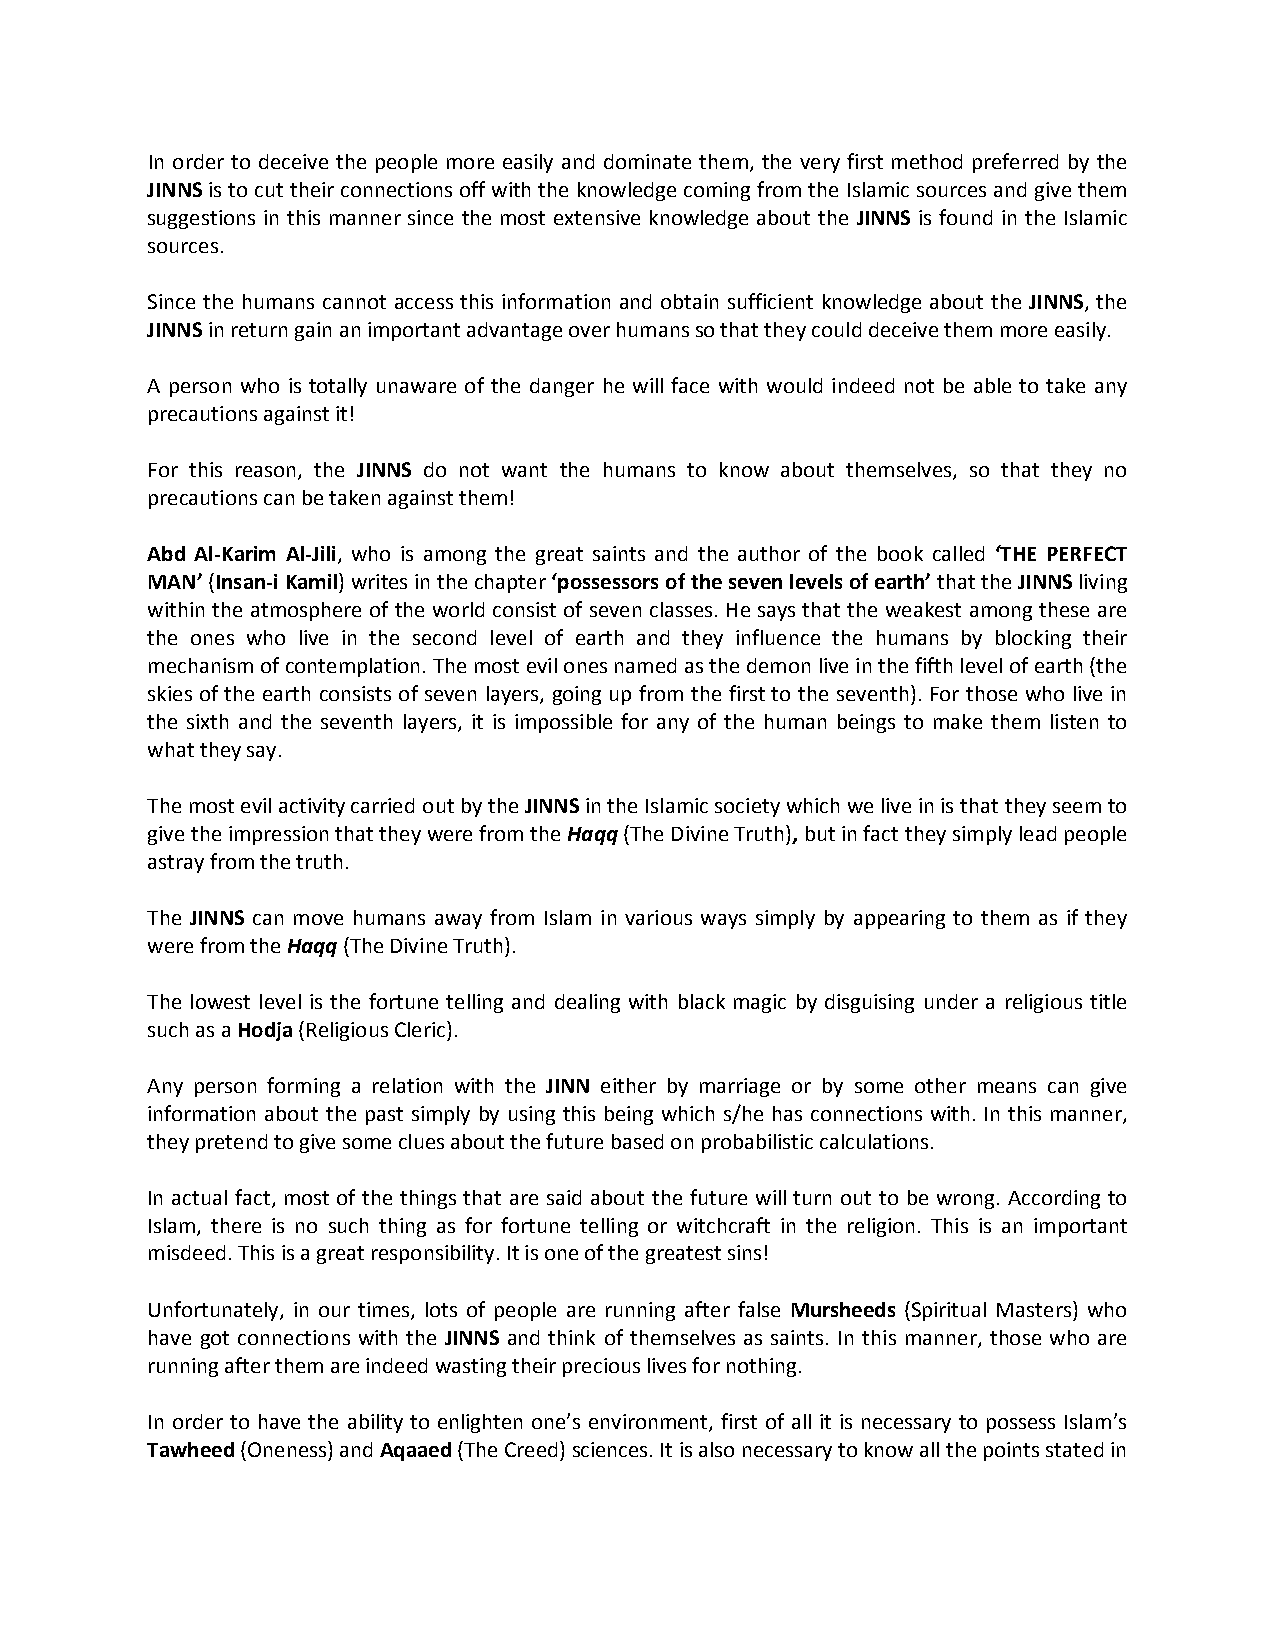
In order to deceive the people more easily and dominate them, the very first method preferred by the
 JINNS is to cut their connections off with the knowledge coming from the Islamic sources and give them
 suggestions in this manner since the most extensive knowledge about the JINNS is found in the Islamic
 sources.
 Since the humans cannot access this information and obtain sufficient knowledge about the JINNS, the
 JINNS in return gain an important advantage over humans so that they could deceive them more easily.
 A person who is totally unaware of the danger he will face with would indeed not be able to take any
 precautions against it!
 For this reason, the JINNS do not want the humans to know about themselves, so that they no
 precautions can be taken against them!
 Abd Al-Karim Al-Jili, who is among the great saints and the author of the book called ‘THE PERFECT
 MAN’ (Insan-i Kamil) writes in the chapter ‘possessors of the seven levels of earth’ that the JINNS living
 within the atmosphere of the world consist of seven classes. He says that the weakest among these are
 the ones who live in the second level of earth and they influence the humans by blocking their
 mechanism of contemplation. The most evil ones named as the demon live in the fifth level of earth (the
 skies of the earth consists of seven layers, going up from the first to the seventh). For those who live in
 the sixth and the seventh layers, it is impossible for any of the human beings to make them listen to
 what they say.
 The most evil activity carried out by the JINNS in the Islamic society which we live in is that they seem to
 give the impression that they were from the Haqq (The Divine Truth), but in fact they simply lead people
 astray from the truth.
 The JINNS can move humans away from Islam in various ways simply by appearing to them as if they
 were from the Haqq (The Divine Truth).
 The lowest level is the fortune telling and dealing with black magic by disguising under a religious title
 such as a Hodja (Religious Cleric).
 Any person forming a relation with the JINN either by marriage or by some other means can give
 information about the past simply by using this being which s/he has connections with. In this manner,
 they pretend to give some clues about the future based on probabilistic calculations.
 In actual fact, most of the things that are said about the future will turn out to be wrong. According to
 Islam, there is no such thing as for fortune telling or witchcraft in the religion. This is an important
 misdeed. This is a great responsibility. It is one of the greatest sins!
 Unfortunately, in our times, lots of people are running after false Mursheeds (Spiritual Masters) who
 have got connections with the JINNS and think of themselves as saints. In this manner, those who are
 running after them are indeed wasting their precious lives for nothing.
 In order to have the ability to enlighten one’s environment, first of all it is necessary to possess Islam’s
 Tawheed (Oneness) and Aqaaed (The Creed) sciences. It is also necessary to know all the points stated in